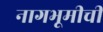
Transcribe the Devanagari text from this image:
नागभूमीची